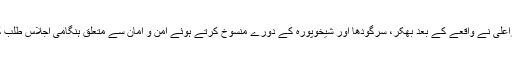
وزیراعلیٰ نے واقعے کے بعد بھکر، سرگودھا اور شیخوپورہ کے دورے منسوخ کرتے ہوئے امن و امان سے متعلق ہنگامی اجلاس طلب کرلیا۔